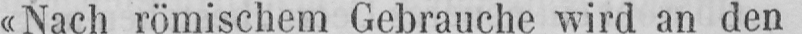
«Nach römischem Gebrauche wird an den